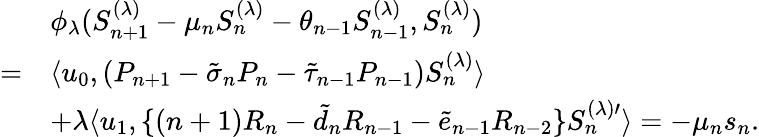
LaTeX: \begin{array}{rl}&{\phi_{\lambda}(S_{n+1}^{(\lambda)}-\mu_{n}S_{n}^{(\lambda)}-\theta_{n-1}S_{n-1}^{(\lambda)},S_{n}^{(\lambda)})}\\ {=}&{\langle u_{0},(P_{n+1}-\tilde{\sigma}_{n}P_{n}-\tilde{\tau}_{n-1}P_{n-1})S_{n}^{(\lambda)}\rangle}\\ &{+\lambda\langle u_{1},\{ (n+1)R_{n}-\tilde{d}_{n}R_{n-1}-\tilde{e}_{n-1}R_{n-2}\} S_{n}^{(\lambda)\prime}\rangle=-\mu_{n}s_{n}.}\end{array}